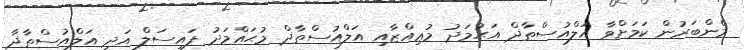
މެންބަރުން ކަމަށްވާ އަލްއުސްތާޛް އަޙުމަދު މުޢިއްޒާއި އަލްއުސްތާޛް މުޙައްމަދު ފައިސަލް އަދި އަލްއުސްތާޛާ